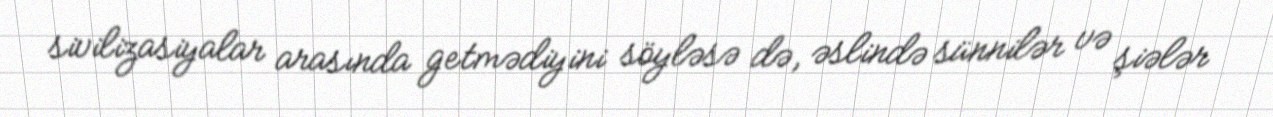
sivilizasiyalar arasında getmədiyini söyləsə də, əslində sünnilər və şiələr